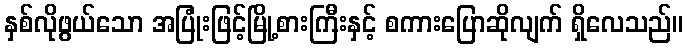
နှစ်လိုဖွယ်သော အပြုံးဖြင့်မြို့စားကြီးနှင့် စကားပြောဆိုလျက် ရှိလေသည်။